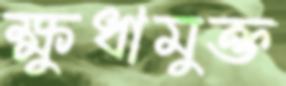
ক্ষুধামুক্ত